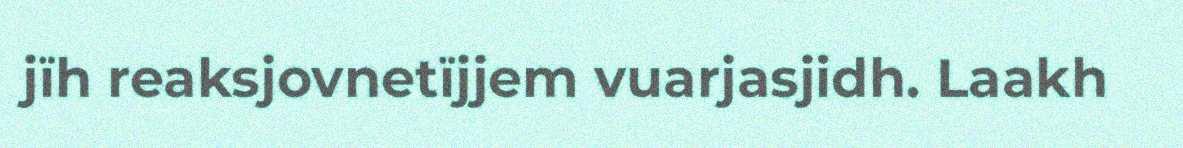
jïh reaksjovnetïjjem vuarjasjidh. Laakh